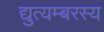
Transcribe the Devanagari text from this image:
द्युत्यम्बरस्य